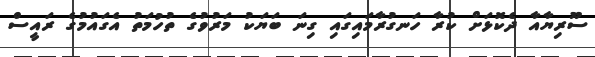
ސޫރިޔާއާ ދެކޮޅަށް ކުރާ ހަނގުރާމައިގައި ގިނަ ބަޔަކު މަރުވުގެ ތުހުމަތު އެގައުމުގެ ރައީސް